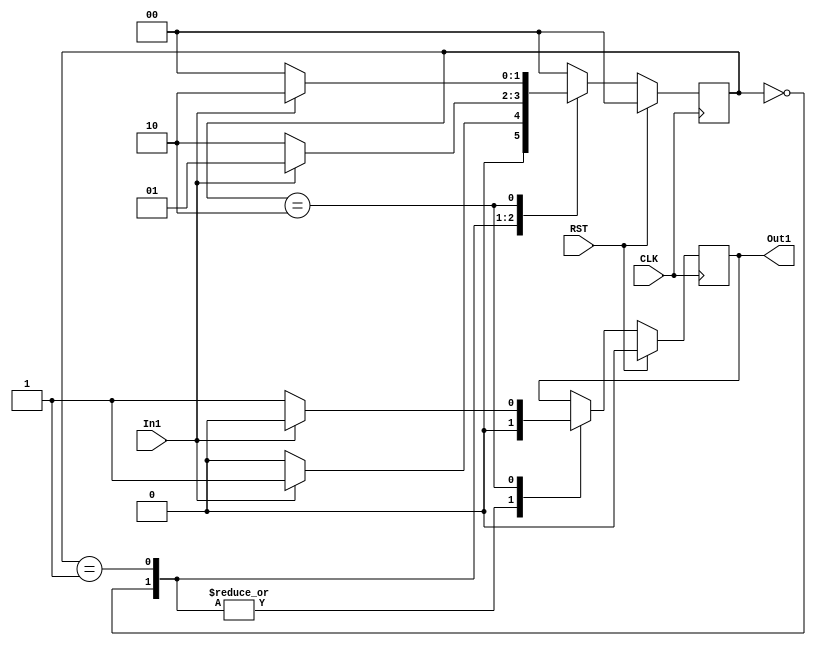
module FSM(
  input In1,
  input RST,
  input CLK, 
  output reg Out1
);
reg [1:0] state;
parameter a=2'b00, b=2'b01, c=2'b10;

always @ (posedge CLK) begin
   if (RST==1) begin state = a; Out1 = 0; end
   else begin

   case (state)
       a: if (In1==1) begin state = b; Out1=0; end else begin state = a; Out1=0; end
       b: if (In1==0) begin state = c; Out1=0; end else begin state = b; Out1=0; end
       c: if (In1==0) begin state = a; Out1=1; end else begin state = c; Out1=0; end
       default: state = a;
endcase 
end 
end 
endmodule